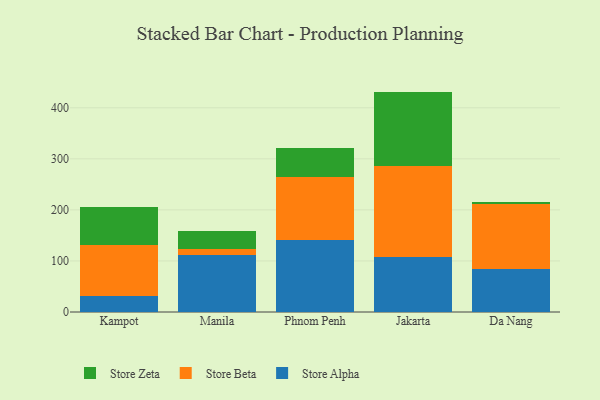
{"axis": {"x": "City", "y": "Revenue (USD Million)"}, "legend": ["Store Alpha", "Store Beta", "Store Zeta"], "data": [{"x": "Kampot", "y": 31.5, "type": "Store Alpha"}, {"x": "Kampot", "y": 99.7, "type": "Store Beta"}, {"x": "Kampot", "y": 75.0, "type": "Store Zeta"}, {"x": "Manila", "y": 111.0, "type": "Store Alpha"}, {"x": "Manila", "y": 11.9, "type": "Store Beta"}, {"x": "Manila", "y": 35.9, "type": "Store Zeta"}, {"x": "Phnom Penh", "y": 141.9, "type": "Store Alpha"}, {"x": "Phnom Penh", "y": 122.0, "type": "Store Beta"}, {"x": "Phnom Penh", "y": 57.7, "type": "Store Zeta"}, {"x": "Jakarta", "y": 108.4, "type": "Store Alpha"}, {"x": "Jakarta", "y": 177.1, "type": "Store Beta"}, {"x": "Jakarta", "y": 146.2, "type": "Store Zeta"}, {"x": "Da Nang", "y": 84.7, "type": "Store Alpha"}, {"x": "Da Nang", "y": 125.9, "type": "Store Beta"}, {"x": "Da Nang", "y": 5.1, "type": "Store Zeta"}]}